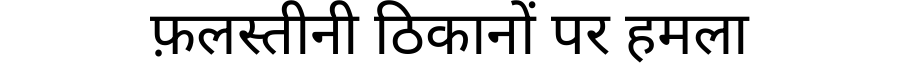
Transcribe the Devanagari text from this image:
फ़लस्तीनी ठिकानों पर हमला